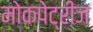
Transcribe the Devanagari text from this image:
मोकपेट्रीज